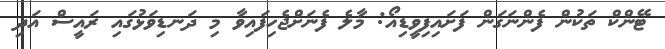
ޓޭންކް ތަކުން ފެންނަގަން ފަށައިފިވީޑިއޯ: މާލެ ފެނަށްޖެހިފައިވާ މި ދަނޑިވަޅުގައި ރައީސް އަދި